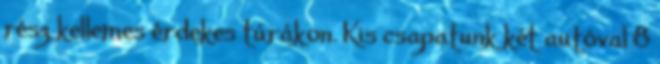
rész kellemes érdekes túrákon. Kis csapatunk két autóval 8